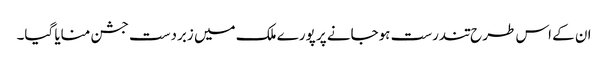
ان کے اس طرح تندرست ہوجانے پر پورے ملک میں زبردست جشن منایا گیا۔